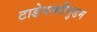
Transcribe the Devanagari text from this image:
टाडेपल्लीगुडम